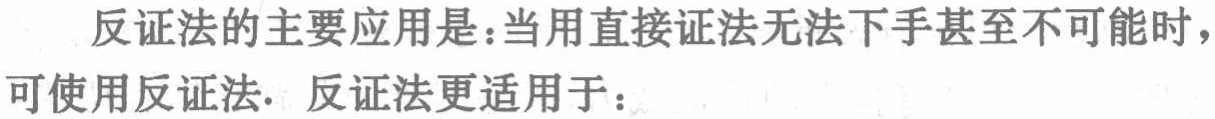
反证法的主要应用是：当用直接证法无法下手甚至不可能时，可使用反证法. 反证法更适用于：